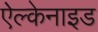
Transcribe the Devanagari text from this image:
ऐल्केनाइड